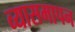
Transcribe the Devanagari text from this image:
व्यासमापन